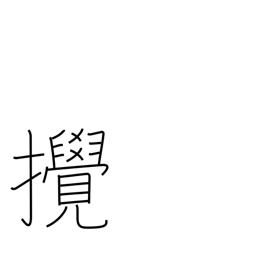
Meaning: disturb